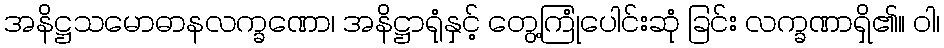
အနိဋ္ဌသမောဓာနလက္ခဏော၊ အနိဋ္ဌာရုံနှင့် တွေ့ကြုံပေါင်းဆုံ ခြင်း လက္ခဏာရှိ၏။ ဝါ၊